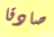
صادقا